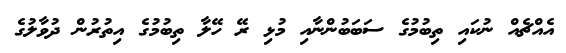
އެއްޗެއް ނުކައި ތިބުމުގެ ސަބަބުންނާއި މުޅި ރޭ ހޭލާ ތިބުމުގެ އިތުރުން ދުވާލުގެ